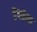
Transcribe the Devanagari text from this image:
डेंगळेंना